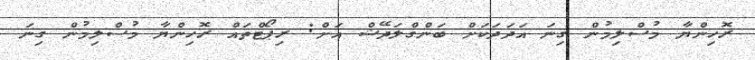
ރޮހިންޔާ މުސްލިމުން ގިނަ އަދަދަކަށް ބަންގްލަދޭޝް އަށް: ރިޕޯޓްތައް ރޮހިންޔާ މުސްލިމުން ގިނަ